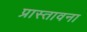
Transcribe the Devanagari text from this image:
प्रास्तावना